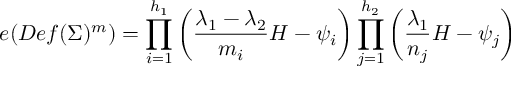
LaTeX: e ( D e f ( \Sigma ) ^ { m } ) = \prod _ { i = 1 } ^ { h _ { 1 } } \left( { \frac { \lambda _ { 1 } - \lambda _ { 2 } } { m _ { i } } } H - \psi _ { i } \right) \prod _ { j = 1 } ^ { h _ { 2 } } \left( { \frac { \lambda _ { 1 } } { n _ { j } } } H - \psi _ { j } \right)